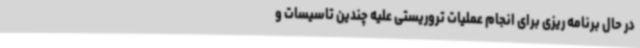
در حال برنامه ریزی برای انجام عملیات تروریستی علیه چندین تاسیسات و